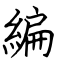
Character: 編